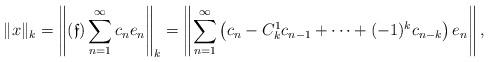
LaTeX: \begin{align*} \|x\|_k=\left\|(\mathfrak{f})\sum\limits_{n=1}^{\infty}c_n e_n\right\|_k=\left\|\sum\limits_{n=1}^{\infty}\left(c_{n} -C_{k}^{1} c_{n-1}+\dots +(-1)^{k} c_{n-k}\right) e_n\right\|,\end{align*}